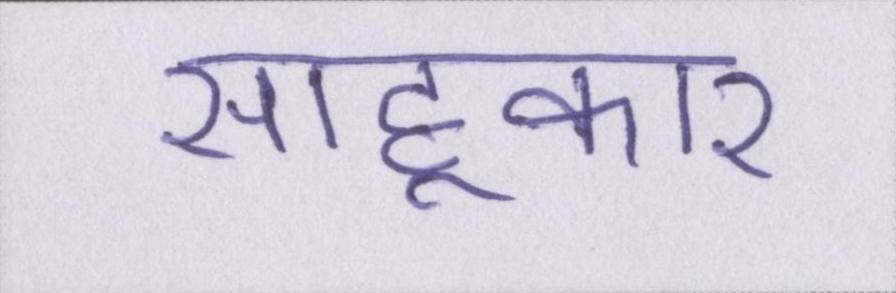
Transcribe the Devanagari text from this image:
साहूकार